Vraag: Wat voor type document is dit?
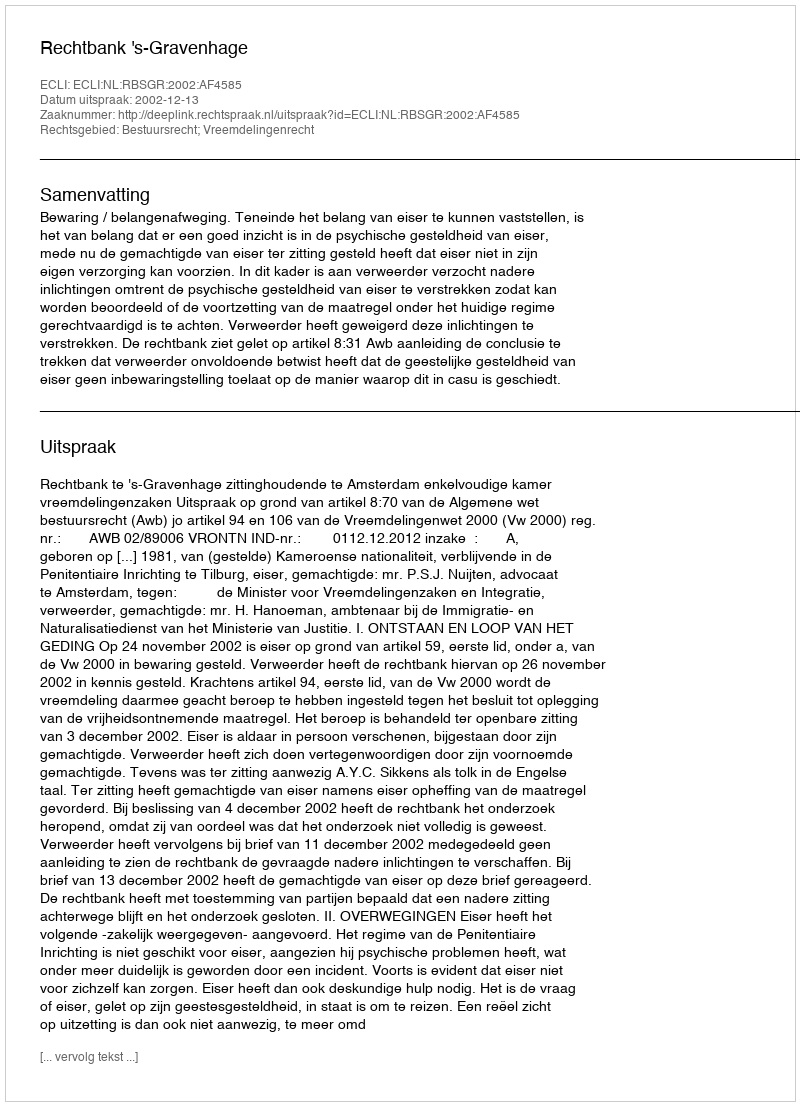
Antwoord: Uitspraak